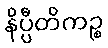
နိပ္ပီတိကဉ္စ